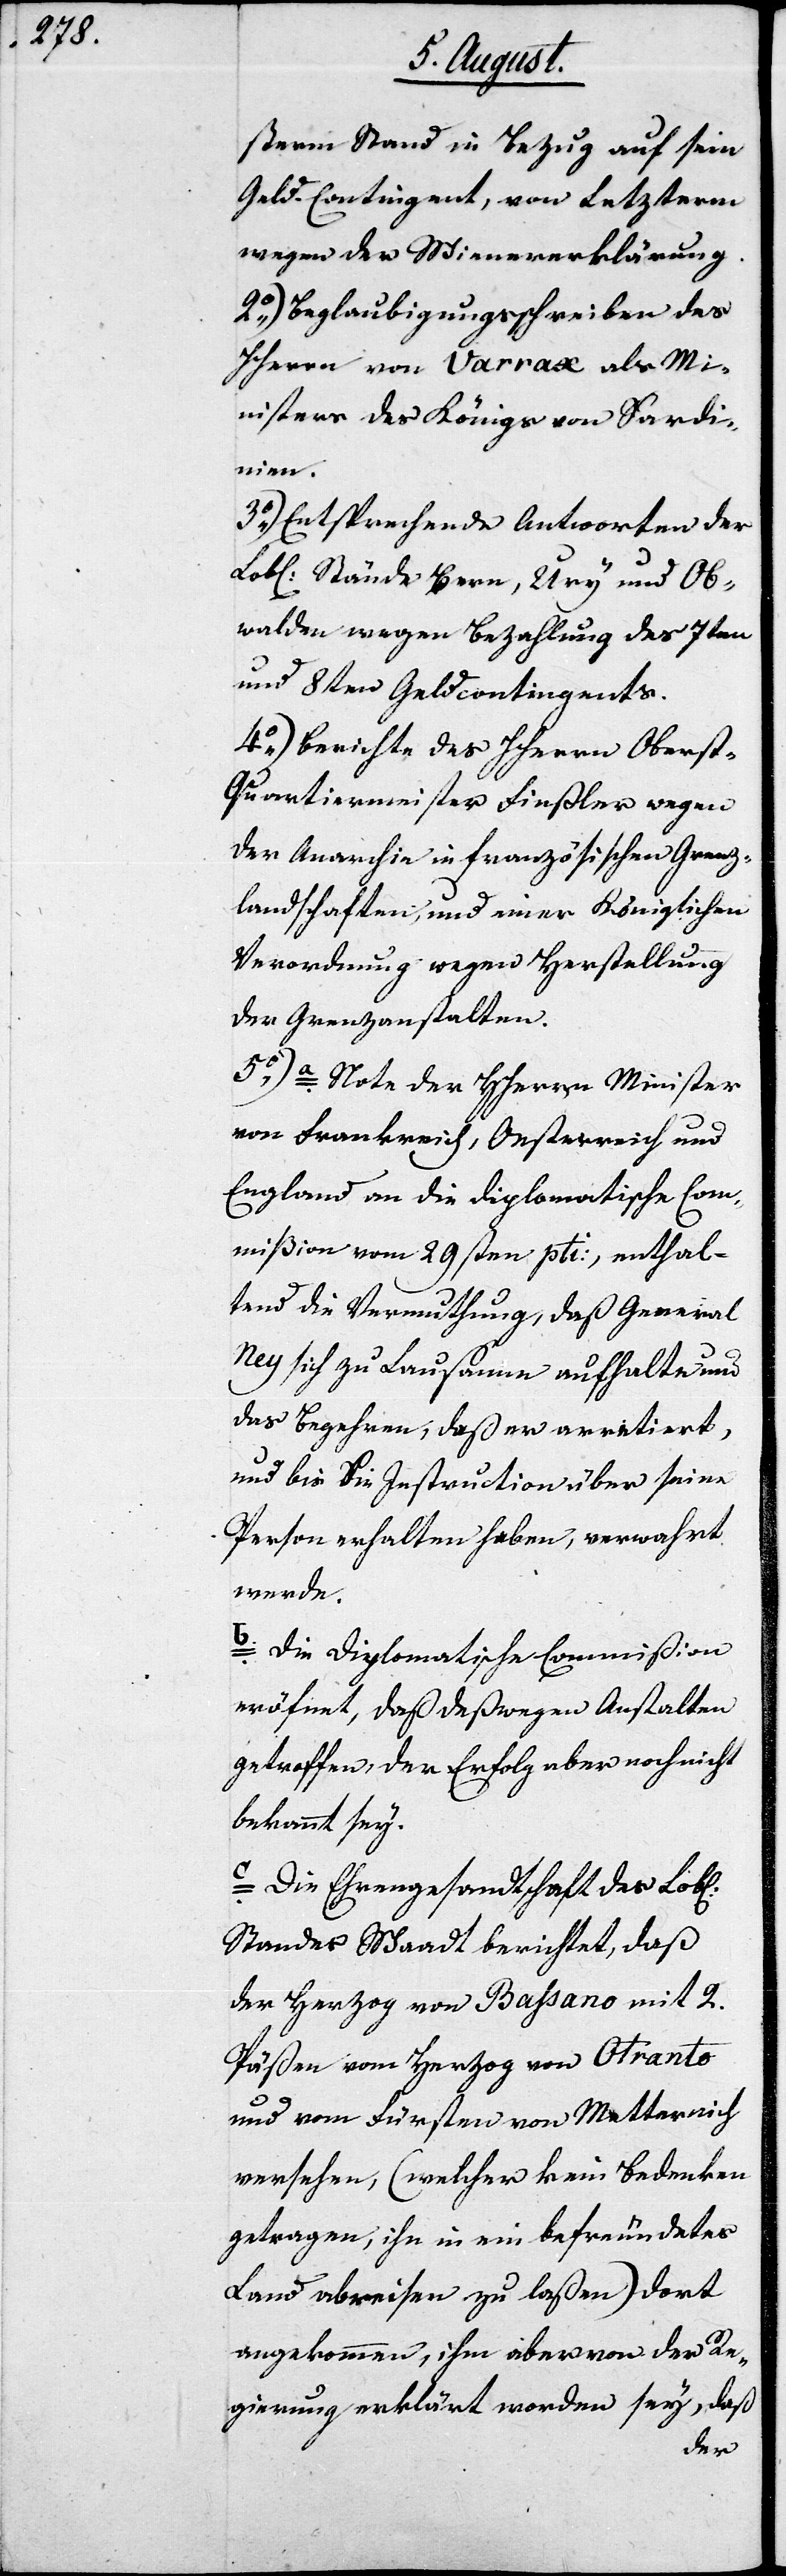
sterm Stand in Bezug auf sein
Geld-Contingent, von Letzterm
wegen der Wienererklärung.
2.) Beglaubigungsschreiben des
HHerrn von Varrax als Mi¬
nister des Königs von Sardi¬
nien.
3.) Entsprechende Antworten der
Lobl. Stände Bern, Ury und Ob¬
walden wegen Bezahlung des 7ten
und 8ten Geldcontingents.
4.) Berichte des HHerren Oberst¬
quartiermeisters Finsler wegen
der Anarchie in französischen Grenz¬
landschaften, und einer Königlichen
Verordnung wegen Herstellung
der Grenzanstalten.
5.) a. Note der HHerren Minister
von Frankreich, Oesterreich und
England an die diplomatische Com¬
mißion vom 29sten pti., enthal¬
tend die Vermuthung, daß General
Ney sich zu Lausanne aufhalte und
das Begehren, daß er arretiert,
und bis Sie Instruction über seine
Person erhalten haben, verwahrt
werde.
b. Die Diplomatische Commißion
eröfnet, daß deßwegen Anstalten
getroffen, der Erfolg aber noch nicht
bekannt sey.
c. Die Ehrengesandtschaft des Lobl.
Standes Waadt berichtet, daß
der Herzog von Bassano mit 2.
Päßen vom Herzog von Otranto
und vom Fürsten von Metternich
versehen, (welcher kein Bedenken
getragen, ihn in ein befreundetes
Land abreisen zu laßen) dort
angekommen, ihm aber von der Re¬
gierung erklärt worden sey,